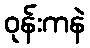
ဝုန်းကနဲ